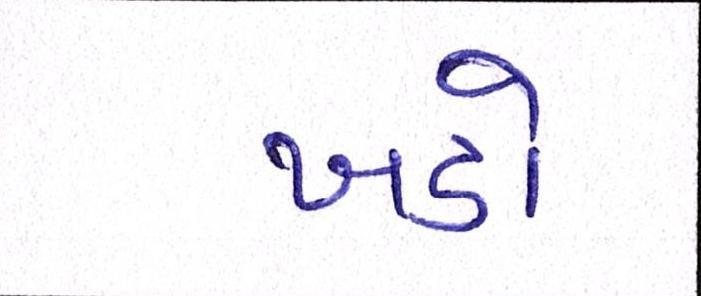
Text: ખડો